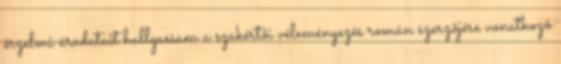
érzelmi áradatait hallgassam a szakértõi véleményezés román szerzõjére vonatkozó